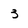
Character: 3